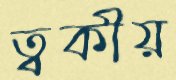
ত্বকীয়